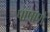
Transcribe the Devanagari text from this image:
पाषाणे